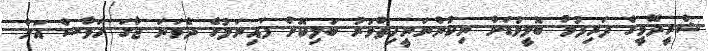
ޝްރީދޭވީގެ ދަރިފުޅު ބޮލީވުޑަށް ނިކުންނަނީހިތްވަރު ބަލިކޮށް ފައިނަލުގެ ދެވަނަ ޖާގަ ހަވާސް އަށް